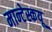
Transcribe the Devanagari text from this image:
मान्टेस्कयू